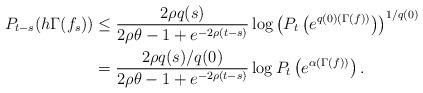
LaTeX: \begin{align*}P_{t-s} ( h \Gamma(f_s) ) & \leq \frac{2\rho q(s)}{2\rho\theta-1+e^{-2\rho(t-s)}}\log \left( P_{t} \left( e^{q(0) (\Gamma(f))} \right) \right)^{1/q(0)} \\& = \frac{2\rho q(s)/q(0)}{2\rho\theta-1+e^{-2\rho(t-s)}}\log P_{t} \left( e^{\alpha (\Gamma(f))} \right) .\end{align*}